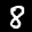
Label: 8